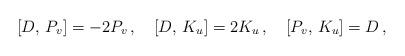
LaTeX: \begin{align*}{} [D,\,P_v]=-2P_v\,,\quad{} [D,\,K_u]=2K_u\,,\quad{} [P_v,\,K_u]=D\,,\end{align*}